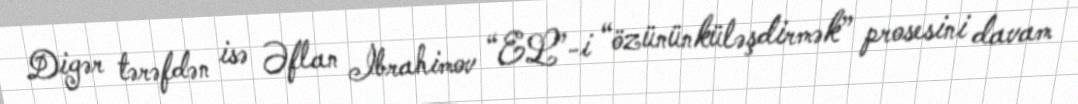
Digər tərəfdən isə Əflan İbrahimov “EL”-i “özününküləşdirmək” prosesini davam